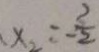
x _ { 2 } = - \frac { 2 } { 2 }